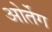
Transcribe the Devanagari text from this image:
ओर्तेग